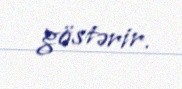
göstərir.